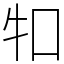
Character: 𤘘